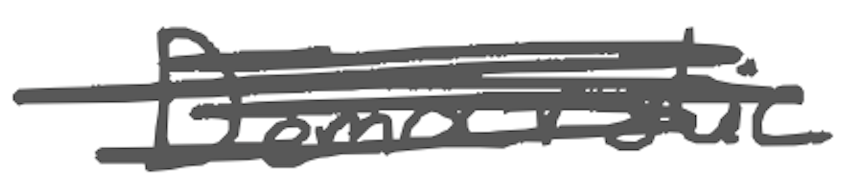
Text: Democratic
Cross-out: scratch
Writing tool: digital_gray